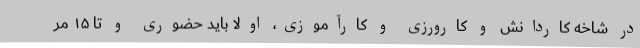
در شاخه کاردانش و کارورزی و کارآموزی، اولاً باید حضوری و تا ۱۵ مر